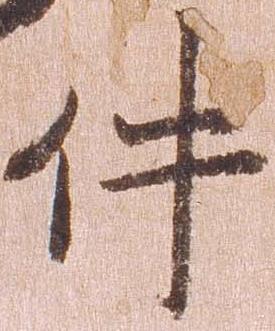
件